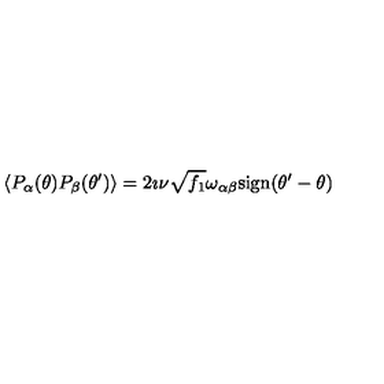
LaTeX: \left\langle P _ { \alpha } ( \theta ) P _ { \beta } ( \theta ^ { \prime } ) \right\rangle = 2 \imath \nu \sqrt { f _ { 1 } } \omega _ { \alpha \beta } \mathrm { s i g n } ( \theta ^ { \prime } - \theta )